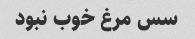
سس مرغ خوب نبود